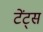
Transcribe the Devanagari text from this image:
टेंट्स